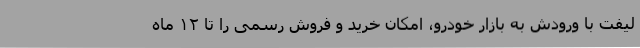
لیفت با ورودش به بازار خودرو، امکان خرید و فروش رسمی را تا ۱۲ ماه